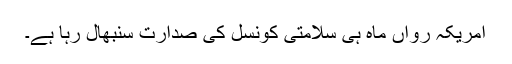
امریکہ رواں ماہ ہی سلامتی کونسل کی صدارت سنبھال رہا ہے۔